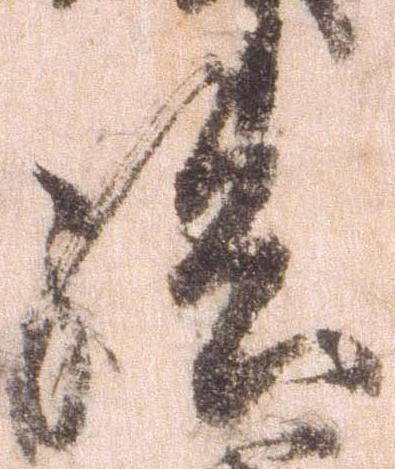
孫